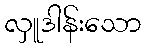
လှူဒါန်းသော